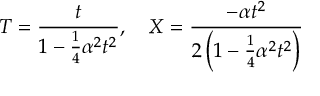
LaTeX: T = { \frac { t } { 1 - { \frac { 1 } { 4 } } \alpha { } ^ { 2 } t ^ { 2 } } } , \quad X = { \frac { - \alpha t ^ { 2 } } { 2 \left( 1 - { \frac { 1 } { 4 } } \alpha { } ^ { 2 } t ^ { 2 } \right) } }